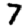
Digit: 7